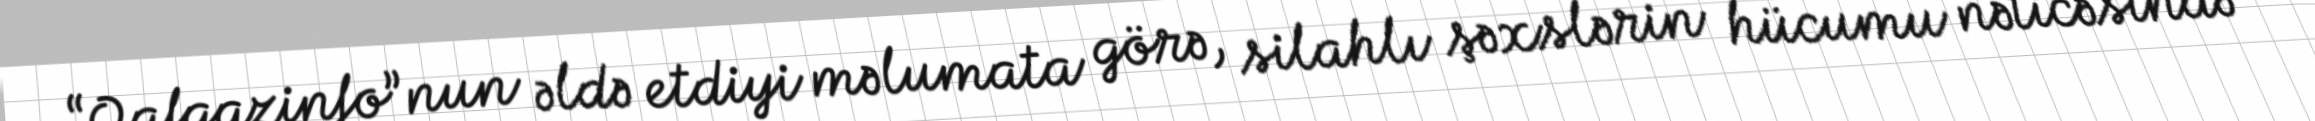
“Qafqazinfo”nun əldə etdiyi məlumata görə, silahlı şəxslərin hücumu nəticəsində